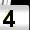
Digit: 4